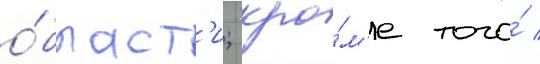
о́бласт'и; кро́м'е того́ /